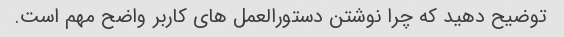
توضیح دهید که چرا نوشتن دستورالعمل های کاربر واضح مهم است.